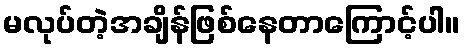
မလုပ်တဲ့အချိန်ဖြစ်နေတာကြောင့်ပါ။